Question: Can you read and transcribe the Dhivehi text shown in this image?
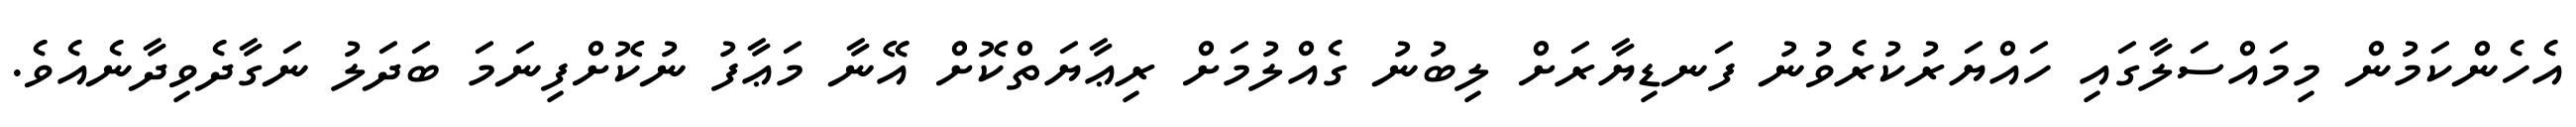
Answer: އެހެންކަމުން މިމައްސަލާގައި ހައްޔަރުކުރެވުނު ފަނޑިޔާރަށް ލިބުނު ގެއްލުމަށް ރިޢާޔަތްކޮށް އޭނާ މަޢާފު ނުކޮށްފިނަމަ ބަދަލު ނަގާދެވިދާނެއެވެ.